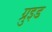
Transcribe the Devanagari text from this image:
ग्रुइड